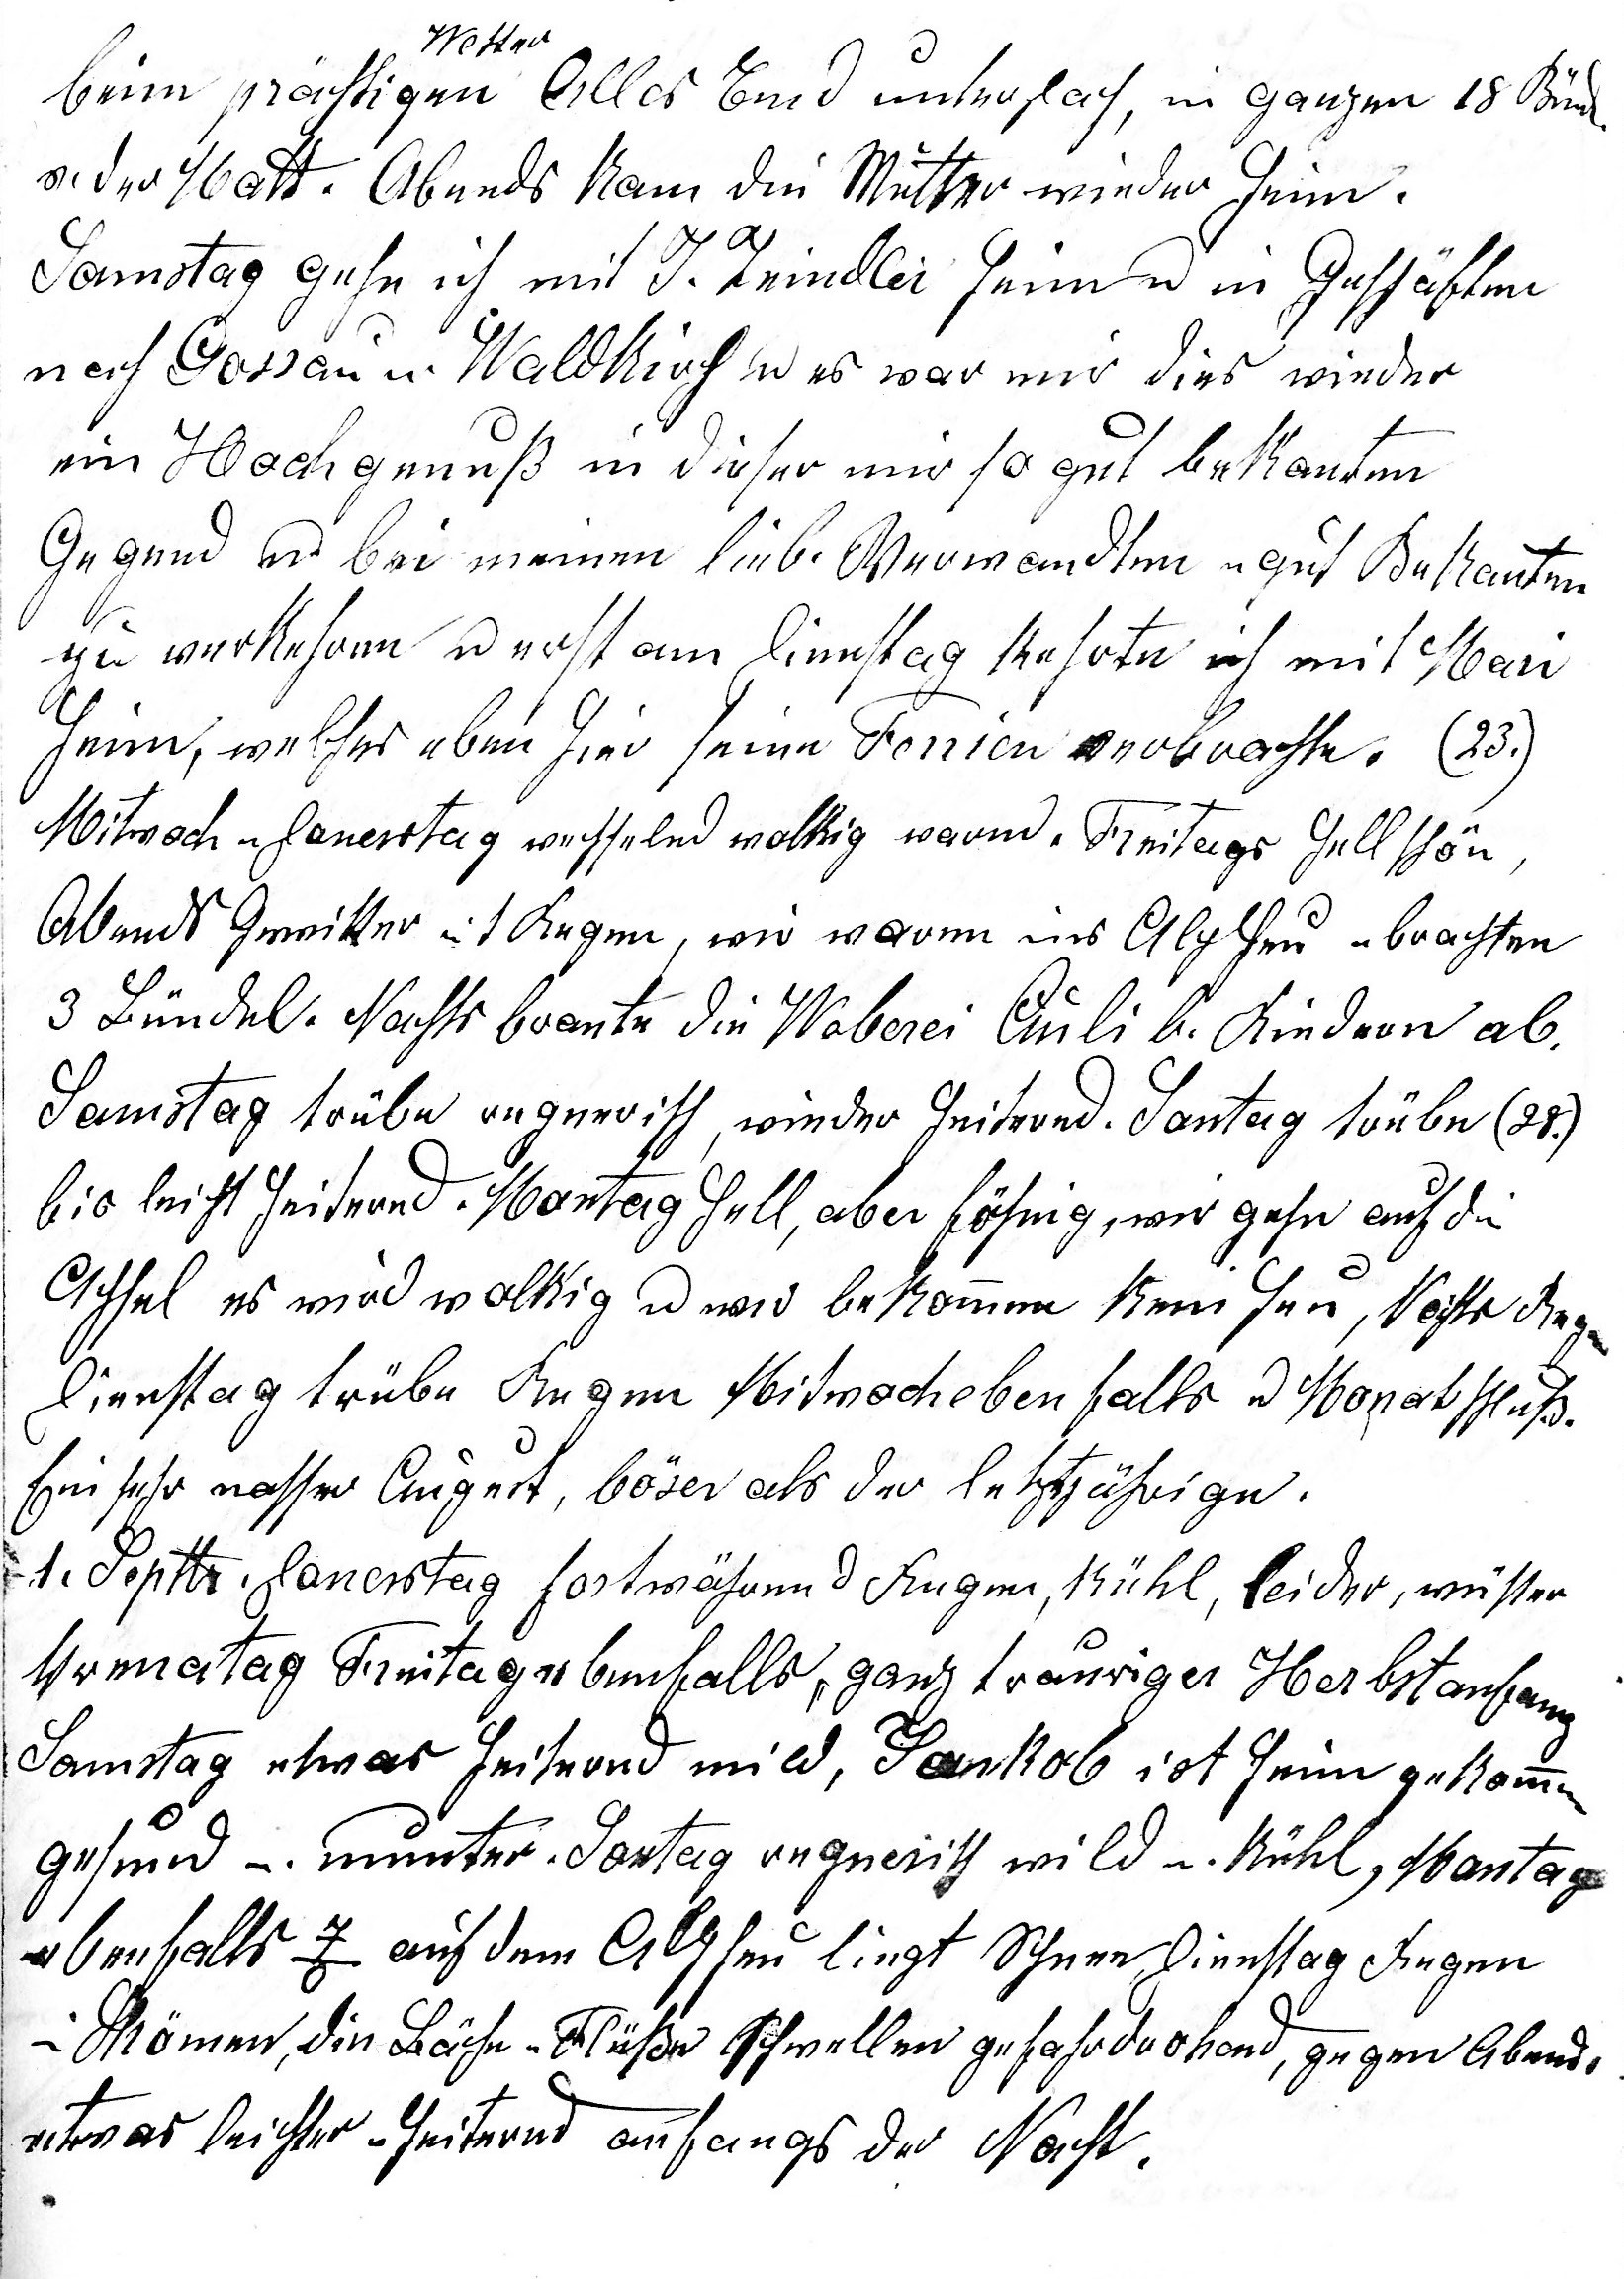
beim prächtigen Wetter Alles Emd unter Dach, im ganzen 18 Bündel
v. der Matt. Abends kam die Mutter wieder heim.
Samstag gehe ich mit J. Zeindler heim u in Geschäften
nach Gossau u Waldkirch u es war mir dies wieder
ein Hochgenuss in dieser mir so gut bekanten
Gegend u bei meinen lieb. Verwandten u gut Bekanten
zu verkehren u erst am Dienstag kehrte ich mit Mari
heim, welches eben hier seine Ferien verbrach¬te. (23.)
Mitwoch u Donerstag wechselnd wolkig warm. Freitags hell schön,
Abends Gewitter mit Regen, wir waren ins Alpheu u brachten
3 Bündel. Nachts brante die We¬berei Auli b. Riedern ab.
Samstag trübe regnerisch, wieder heiternd. Sontag trübe (28.)
bis leicht heiternd. Montag hell, aber föhnig, wir gehn auf die
Achsel es wird wolkig u wir bekommen kein Heu, Nachts Regen
Dienstag trübe Regen Mitwoch ebenfalls u Monatsschluss.
Ein sehr nasser August, böser als der letztjährige.
1.Septbr. Donerstag fortwährend  Regen, kühl, leider wüster
Verenatag Freitag ebenfalls, ganz trauriger Herbstanfang.
Samstag etwas heiternd mild, Jakob ist heim gekommen
gesund u munter. Sontag regnerisch wild u kühl, Montag
ebenfalls 7o auf dem Alpheu liegt Schnee, Dienstag Regen
in Strömen, die Bäche u Flüsse schwellen gefahr drohend, gegen Abend
etwas leichter u heiternd anfangs der Nacht.